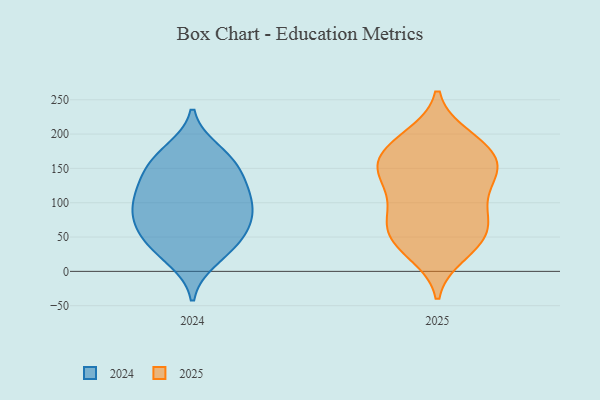
{"axis": {"x": "Temperature (°C)", "y": "Value"}, "legend": ["2024", "2025"], "data": [{"x": "", "y": 104, "type": "2024"}, {"x": "", "y": 49, "type": "2024"}, {"x": "", "y": 17, "type": "2024"}, {"x": "", "y": 133, "type": "2024"}, {"x": "", "y": 96, "type": "2024"}, {"x": "", "y": 146, "type": "2024"}, {"x": "", "y": 46, "type": "2024"}, {"x": "", "y": 176, "type": "2024"}, {"x": "", "y": 27, "type": "2024"}, {"x": "", "y": 164, "type": "2024"}, {"x": "", "y": 125, "type": "2024"}, {"x": "", "y": 79, "type": "2024"}, {"x": "", "y": 84, "type": "2024"}, {"x": "", "y": 165, "type": "2024"}, {"x": "", "y": 77, "type": "2024"}, {"x": "", "y": 56, "type": "2024"}, {"x": "", "y": 114, "type": "2024"}, {"x": "", "y": 46, "type": "2025"}, {"x": "", "y": 26, "type": "2025"}, {"x": "", "y": 110, "type": "2025"}, {"x": "", "y": 74, "type": "2025"}, {"x": "", "y": 37, "type": "2025"}, {"x": "", "y": 155, "type": "2025"}, {"x": "", "y": 78, "type": "2025"}, {"x": "", "y": 126, "type": "2025"}, {"x": "", "y": 143, "type": "2025"}, {"x": "", "y": 46, "type": "2025"}, {"x": "", "y": 188, "type": "2025"}, {"x": "", "y": 156, "type": "2025"}, {"x": "", "y": 87, "type": "2025"}, {"x": "", "y": 149, "type": "2025"}, {"x": "", "y": 66, "type": "2025"}, {"x": "", "y": 187, "type": "2025"}, {"x": "", "y": 174, "type": "2025"}, {"x": "", "y": 144, "type": "2025"}, {"x": "", "y": 196, "type": "2025"}]}